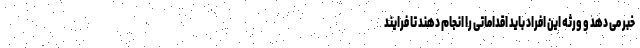
خبر می دهد و ورثه این افراد باید اقداماتی را انجام دهند تا فرایند